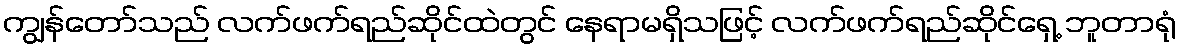
ကျွန်တော်သည် လက်ဖက်ရည်ဆိုင်ထဲတွင် နေရာမရှိသဖြင့် လက်ဖက်ရည်ဆိုင်ရှေ့ ဘူတာရုံ